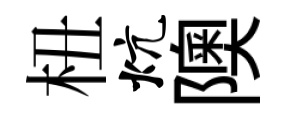
杻炕隩